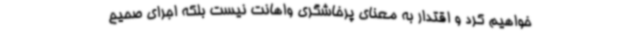
خواهیم کرد و اقتدار به معنای پرخاشگری واهانت نیست بلکه اجرای صحیح